Annual administration report of the Civil Veterinary Department of India - 1895-1896
Year: 1895
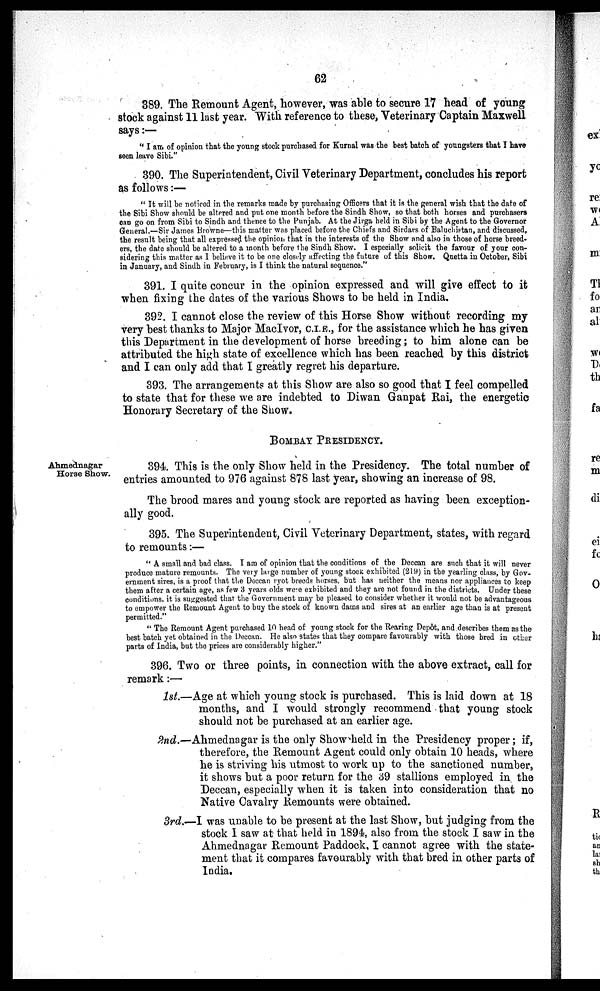
62
389. The Remount Agent, however, was able to secure 17 head of young
stock against 11 last year. With reference to these, Veterinary Captain Maxwell
says:—
"I am of opinion that the young stock purchased for Kurnal was the best batch of youngsters that I have
seen leave Sibi."
390. The Superintendent, Civil Veterinary Department, concludes his report
as follows:—
"It will be noticed in the remarks made by purchasing Officers that it is the general wish that the date of
the Sibi Show should be altered and put one month before the Sindh Show, so that both horses and purchasers
can go on from Sibi to Sindh and thence to the Punjab. At the Jirga held in Sibi by the Agent to the Governor
General.—Sir James Browne—this matter was placed before the Chiefs and Sirdars of Baluchistan, and discussed,
the result being that all expressed the opinion that in the interests of the Show and also in those of horse breed-
ers, the date should be altered to a month before the Sindh Show. I especially solicit the favour of your con-
sidering this matter as I believe it to be one closely affecting the future of this Show. Quetta in October, Sibi
in January, and Sindh in February, is I think the natural sequence."
391. I quite concur in the opinion expressed and will give effect to it
when fixing the dates of the various Shows to be held in India.
392. I cannot close the review of this Horse Show without recording my
very best thanks to Major MacIvor, C.I.E., for the assistance which he has given
this Department in the development of horse breeding; to him alone can be
attributed the high state of excellence which has been reached by this district
and I can only add that I greatly regret his departure.
393. The arrangements at this Show are also so good that I feel compelled
to state that for these we are indebted to Diwan Ganpat Rai, the energetic
Honorary Secretary of the Show.
BOMBAY PRESIDENCY.
Ahmednagar
Horse Show.
394. This is the only Show held in the Presidency. The total number of
entries amounted to 976 against 878 last year, showing an increase of 98.
The brood mares and young stock are reported as having been exception-
ally good.
395. The Superintendent, Civil Veterinary Department, states, with regard
to remounts:—
"A small and bad class. I am of opinion that the conditions of the Deccan are such that it will never
produce mature remounts. The very large number of young stock exhibited (219) in the yearling class, by Gov-
ernment sires, is a proof that the Deccan ryot breeds horses, but has neither the means nor appliances to keep
them after a certain age, as few 3 years olds were exhibited and they are not found in the districts. Under these
conditions. it is suggested that the Government may be pleased to consider whether it would not be advantageous
to empower the Remount Agent to buy the stock of known dams and sires at an earlier age than is at present
permitted."
"The Remount Agent purchased 10 head of young stock for the Rearing Depôt, and describes them as the
best batch yet obtained in the Deccan. He also states that they compare favourably with those bred in other
parts of India, but the prices are considerably higher."
396. Two or three points, in connection with the above extract, call for
remark:—
1st.—Age at which young stock is purchased. This is laid down at 18
months, and I would strongly recommend that young stock
should not be purchased at an earlier age.
2nd.—Ahmednagar is the only Show held in the Presidency proper; if,
therefore, the Remount Agent could only obtain 10 heads, where
he is striving his utmost to work up to the sanctioned number,
it shows but a poor return for the 39 stallions employed in the
Deccan, especially when it is taken into consideration that no
Native Cavalry Remounts were obtained.
3rd.—I was unable to be present at the last Show, but judging from the
stock I saw at that held in 1894, also from the stock I saw in the
Ahmednagar Remount Paddock, I cannot agree with the state-
ment that it compares favourably with that bred in other parts of
India.